Account of plague administration in the Bombay Presidency from September 1896 till May 1897
Year: 1896
Disease focus: Plague
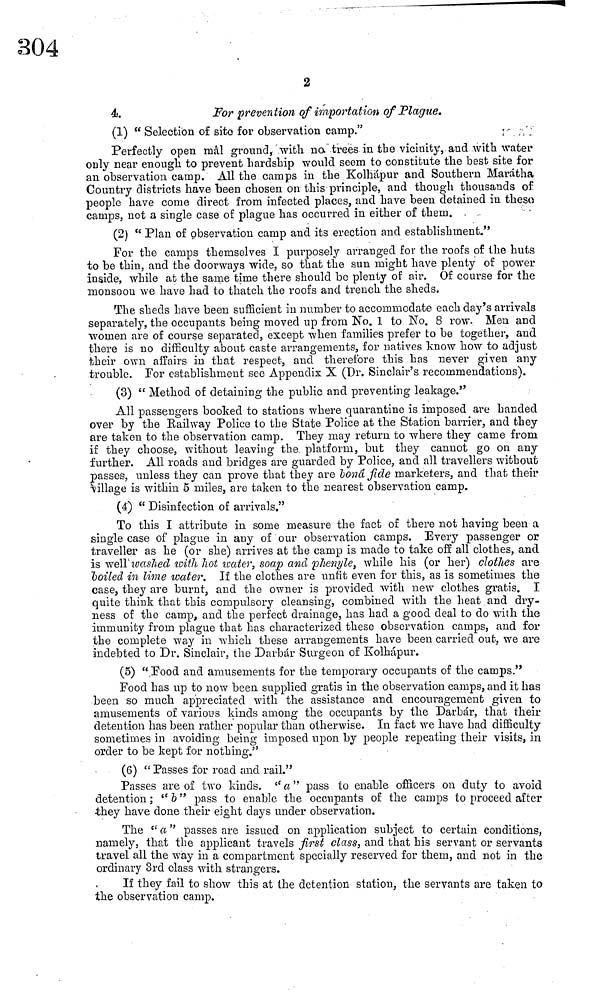
2
4.
For prevention of importation of Plague.
(1) " Selection of sito for observation camp."
Perfectly open mál ground, with na trees in the vicinity, and with water
only near enough to prevent hardship would seem to constitute the best site for
an observation camp. All the camps in the Kolhápur and Southern Marátha
Country districts have been chosen on this principle, and though thousands of
people have come direct from infected places, and have been detained in these
camps, not a single case of plague has occurred in either of them.
(2) " Plan of observation camp and its erection and establishment."
For the camps themselves I purposely arranged for the roofs of the huts
to be thin, and the doorways wide, so that the sun might have plenty of power
inside, while at the same time there should be plenty of air. Of course for the
monsoon we have had to thatch the roofs and trench the sheds.
The sheds have been sufficient in number to accommodate each day's arrivals
separately, the occupants being moved up from No. 1 to No. 8 row. Men and
women are of course separated, except when families prefer to be together, and
there is no difficulty about caste arrangements, for natives know how to adjust
their own affairs in that respect, and therefore this has never given any
trouble. For establishment see Appendix X (Dr. Sinclair's recommendations).
(3) " Method of detaining the public and preventing leakage."
All passengers booked to stations where quarantine is imposed are handed
over by the Railway Police to the State Police at the Station barrier, and they
are taken to the observation camp. They may return to where they came from
if they choose, without leaving the. platform, but they cannot go on any
further. All roads and bridges are guarded by Police, and all travellers without
passes, unless they can prove that they are boná fide marketers, and that their
village is within 5 miles, are taken to the nearest observation camp.
(4) " Disinfection of arrivals."
To this I attribute in some measure the fact of there not having been a
single case of plague in any of our observation camps. Every passenger or
traveller as he (or she) arrives at the camp is made to take off all clothes, and
is well washed with hoi water, soap and phenyle, while his (or her) clothes are
boiled in lime water. If the clothes are unfit even for this, as is sometimes the
case, they are burnt, and the owner is provided with new clothes gratis. I
quite think that this compulsory cleansing, combined with the heat and dry-
ness of the camp, and the perfect drainage, has had a good deal to do with the
immunity from plague that has characterized these observation camps, and for
the complete way in which these arrangements have been carried out, we are
indebted to Dr. Sinclair, the Darbár Surgeon of Kolhápur.
(5) "food and amusements for the temporary occupants of the camps."
Food has up to now been supplied gratis in the observation camps, and it has
been so much appreciated with the assistance and encouragement given to
amusements of various kinds among the occupants by the Darbár, that their
detention has been rather popular than otherwise. In fact we have had difficulty
sometimes in avoiding being imposed upon by people repeating their visits, in
order to be kept for nothing."
(6) "Passes for road and rail."
Passes are of two kinds. " a " pass to enable officers on duty to avoid
detention ; " b " pass to enable the occupants of the camps to proceed after
they have done their eight days under observation.
The " a " passes are issued on application subject to certain conditions,
namely, that the applicant travels first class, and that his servant or servants
travel all the way in a compartment specially reserved for them, and not in the
ordinary 3rd class with strangers.
If they fail to show this at the detention station, the servants are taken to
the observation camp.